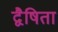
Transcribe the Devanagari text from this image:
द्वैषिता